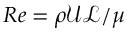
R e = { \rho \mathcal { U } \mathcal { L } } / { \mu }